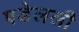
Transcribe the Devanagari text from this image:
पडेलली